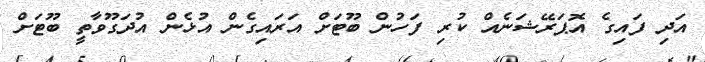
އަދި ފައިގެ އޮޕަރޭޝަނެއް ކުރި ފަހުން ބޫޓަށް އަރައިގެން އުޅެން އުދަގޫވާތީ ބޫޓަށް